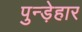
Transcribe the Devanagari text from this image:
पुन्ड़ेहार